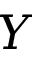
Y